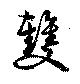
双